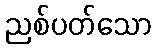
ညစ်ပတ်သော